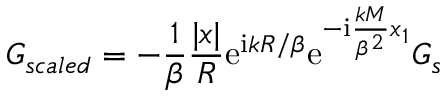
G _ { s c a l e d } = - \frac { 1 } { \beta } \frac { | \boldsymbol { x } | } { R } \mathrm { e } ^ { \mathrm { i } k R / \beta } \mathrm { e } ^ { - \mathrm { i } \frac { k M } { \beta ^ { 2 } } x _ { 1 } } G _ { s }